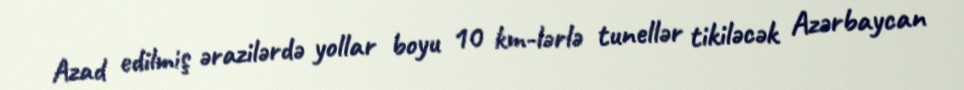
Azad edilmiş ərazilərdə yollar boyu 10 km-lərlə tunellər tikiləcək Azərbaycan